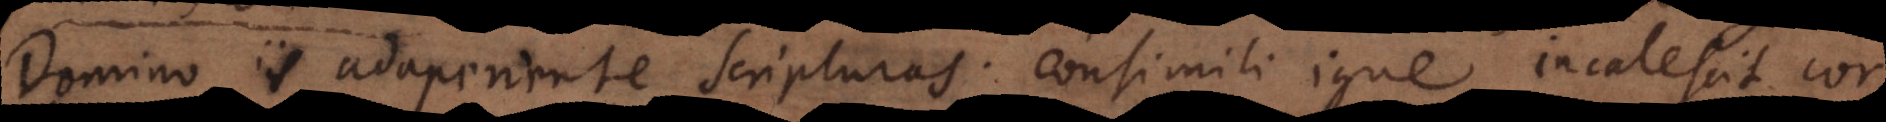
Domino iis adaperiente Scripturas. Consimili igne incalescit cor